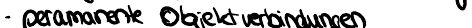
- permanente Objektverbindungen